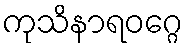
ကုသိနာရဝဂ္ဂေ